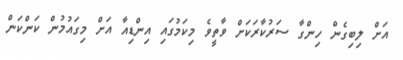
އަށް ލިބިގެން ހިންގާ ސަރުކާރަކަށް ވާތީވެ މިކަމުގައި އިންޑިއާ އަށް މިގައުމުން ކަންކަން